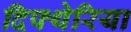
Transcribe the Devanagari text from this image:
दिफ्थेरिया